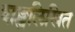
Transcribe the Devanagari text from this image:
शङ्खलिखित